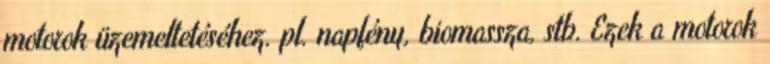
motorok üzemeltetéséhez. pl. napfény, biomassza, stb. Ezek a motorok